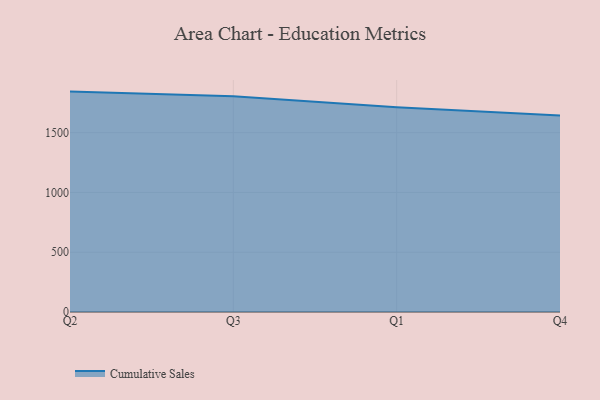
{"axis": {"x": "Quarter", "y": "Conversion Rate (%)"}, "legend": ["Cumulative Sales"], "data": [{"x": "Q2", "y": 1843.4, "type": "Cumulative Sales"}, {"x": "Q3", "y": 1805.2, "type": "Cumulative Sales"}, {"x": "Q1", "y": 1712.0, "type": "Cumulative Sales"}, {"x": "Q4", "y": 1644.5, "type": "Cumulative Sales"}]}